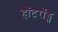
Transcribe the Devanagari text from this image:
हॉटरॉड्स